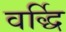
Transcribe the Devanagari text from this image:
वर्द्धि